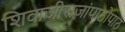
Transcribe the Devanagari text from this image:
शिवाजीराजांपाठोपाठ